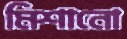
মিশানো